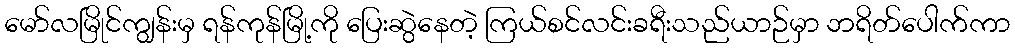
မော်လမြိုင်ကျွန်းမှ ရန်ကုန်မြို့ကို ပြေးဆွဲနေတဲ့ ကြယ်စင်လင်းခရီးသည်ယာဉ်မှာ ဘရိတ်ပေါက်ကာ